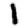
Digit: 1